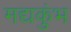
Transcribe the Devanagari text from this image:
मद्यकुंभ